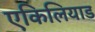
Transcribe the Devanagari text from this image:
एकिलियाड